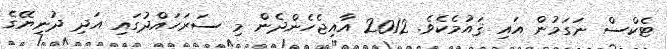
ޓެކްސް ނަގަމުން އައި ޤައުމެކެވެ. 2012 އާއިޖެހެންދެން މި ސަރަހައްދުގައި އަދި ދުނިޔޭގެ